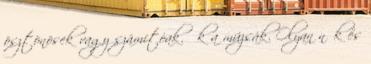
ösztönösek vagy számítóak. Ők a múzsák. Olyan nők és